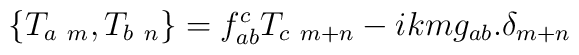
\left\{T_{a\ m},T_{b\ n}\right\} = f^c_{ab}T_{c\ m+n} - ik m g_{ab}.  \delta_{m+n}